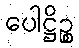
ပေါဋ္ဌိဉ္စ